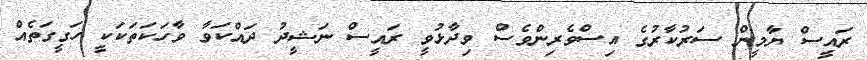
ރައީސް ޔާމީން ސަރުކާރުގެ އިސްވެރިންވެސް ވިދާޅުވީ ރައީސް ނަޝީދު ދައްކަވާ ވާހަކަތަކަކީ ހަގީގަތެއް